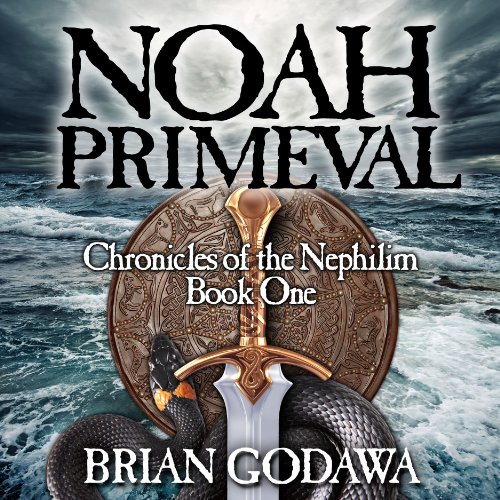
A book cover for Noah Primeval: Chronicles of the Nephilim (Volume 1); Brian Godawa; Religion & Spirituality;